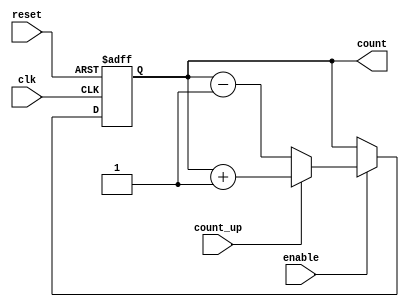
module cascaded_counter (
    input wire clk,          // Clock input
    input wire reset,        // Asynchronous reset
    input wire enable,       // Enable signal
    input wire count_up,     // Counting direction (1 for up, 0 for down)
    output reg [3:0] count   // 4-bit count output
);

    // Internal signals for cascading flip-flops
    reg [3:0] temp_count;

    always @(posedge clk or posedge reset) begin
        if (reset) begin
            // Reset the counter to zero
            temp_count <= 4'b0000;
        end else if (enable) begin
            // Count up or down based on count_up signal
            if (count_up) begin
                temp_count <= temp_count + 1;
            end else begin
                temp_count <= temp_count - 1;
            end
        end
    end

    // Assign the temporary count to the output
    always @(temp_count) begin
        count <= temp_count;
    end

endmodule